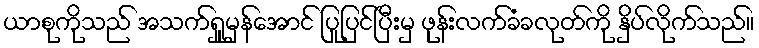
ယာစုကိုသည် အသက်ရှူမှန်အောင် ပြုပြင်ပြီးမှ ဖုန်းလက်ခံခလုတ်ကို နှိပ်လိုက်သည်။